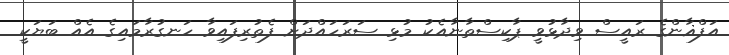
އަފްޣާންގެ ރައީސް ވިދާޅުވީ ޕާކިސްތާނާއެކު މުޅި ސަރަހައްދަށް ފެތުރިފައިވާ ހަނގުރާމައިގެ އެއް ބަޔަކީ